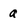
Character: a